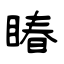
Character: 睶